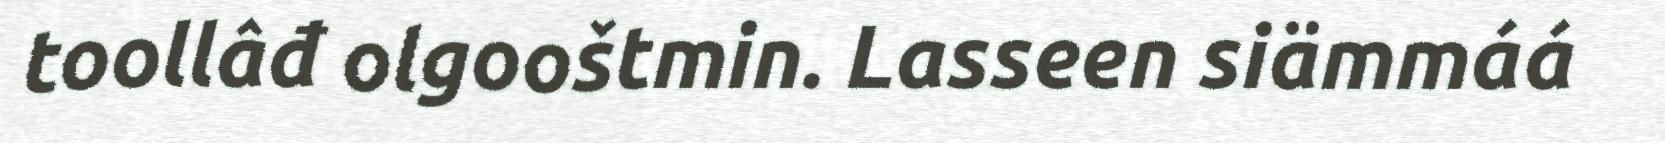
toollâđ olgooštmin. Lasseen siämmáá